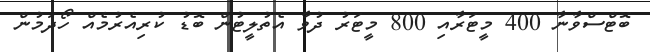
ބޮޓްސްވާނާ 400 މީޓަރާއި 800 މީޓަރު ދުވާ އެތުލީޓުން ބޮޑު ކުރިއެރުމެއް ހޯދަމުން